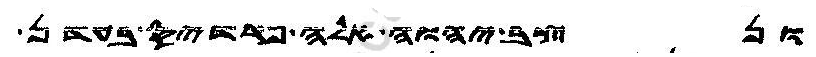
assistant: ונצב יהוה אלה פרדיס בעדן